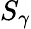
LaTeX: S_{\gamma}